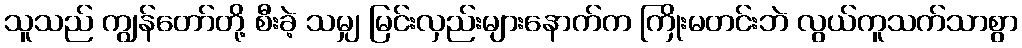
သူသည် ကျွန်တော်တို့ စီးခဲ့ သမျှ မြင်းလှည်းများနောက်က ကြိုးမတင်းဘဲ လွယ်ကူသက်သာစွာ